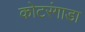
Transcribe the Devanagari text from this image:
कोटरंगाडा